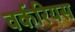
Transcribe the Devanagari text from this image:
वर्करियस